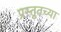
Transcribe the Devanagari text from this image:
प्रस्तुतच्या